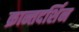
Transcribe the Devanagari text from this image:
क्रान्तदर्शिन